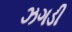
ઝગડી